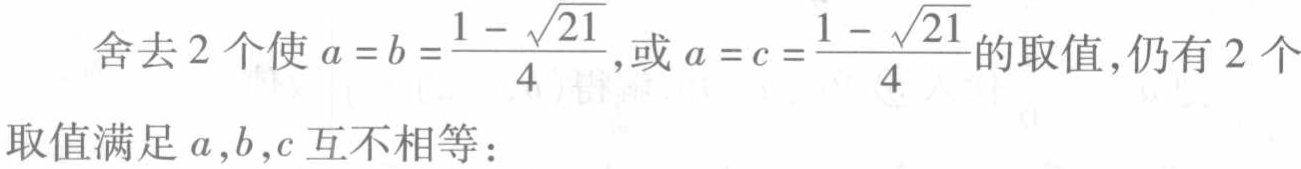
舍去 2 个使 \(a = b = \frac{1 - \sqrt{21}}{4}\)，或 \(a = c = \frac{1 - \sqrt{21}}{4}\) 的取值，仍有 2 个取值满足 \(a,b,c\) 互不相等：